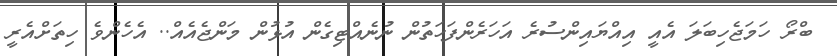
ބްރޯ ހަމަޖެހިބަލަ އެއީ އިއްޔައިންސުރެ އަހަރެންފަހަތުން ނުނެއްޓިގެން އުޅުން މަންޖެއެއް.. އެހެންވެ ހިތަށްއެރީ